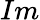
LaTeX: Im